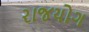
રાજયોગ